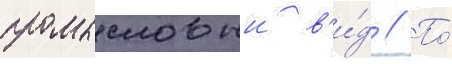
промысловыи в'и́д // По́